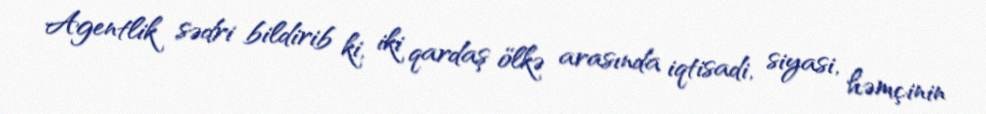
Agentlik sədri bildirib ki, iki qardaş ölkə arasında iqtisadi, siyasi, həmçinin